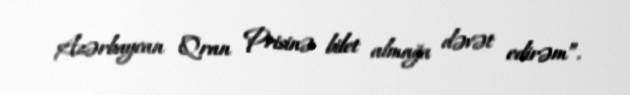
Azərbaycan Qran Prisinə bilet almağa dəvət edirəm”.